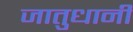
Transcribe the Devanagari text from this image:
जातुधानी